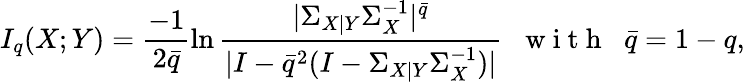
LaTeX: I_{q}(X;Y)=\frac{-1}{2\bar{q}}\ln\frac{|\Sigma_{X|Y}\Sigma_{X}^{-1}|^{\bar{q}}}{|I-\bar{q}^{2}(I-\Sigma_{X|Y}\Sigma_{X}^{-1})|}\; \; \mathrm{~w~i~t~h~}\; \; \bar{q}=1-q,